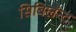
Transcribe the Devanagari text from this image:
सिबिलॅन्ट